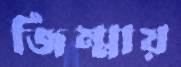
জিম্মায়